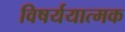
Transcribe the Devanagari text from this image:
विषर्ययात्मक